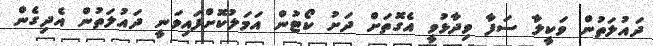
ދައުލަތުން ވަކީލާ ސަފާ ވިދާޅުވީ އެގޮތަށް ދަށު ކޯޓުން އަމަލުކޮށްފައިވަނީ ދައުލަތުން އެދިގެން